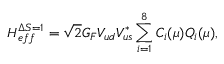
{ \cal H } _ { e f f } ^ { \Delta S = 1 } = \sqrt { 2 } G _ { F } V _ { u d } V _ { u s } ^ { * } \sum _ { i = 1 } ^ { 8 } C _ { i } ( \mu ) Q _ { i } ( \mu ) ,